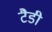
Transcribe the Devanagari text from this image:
टैडी